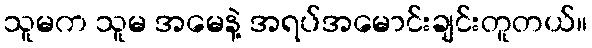
သူမက သူမ အမေနဲ့ အရပ်အမောင်းချင်းတူတယ်။